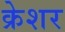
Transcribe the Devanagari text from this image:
क्रेशर